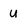
Character: u